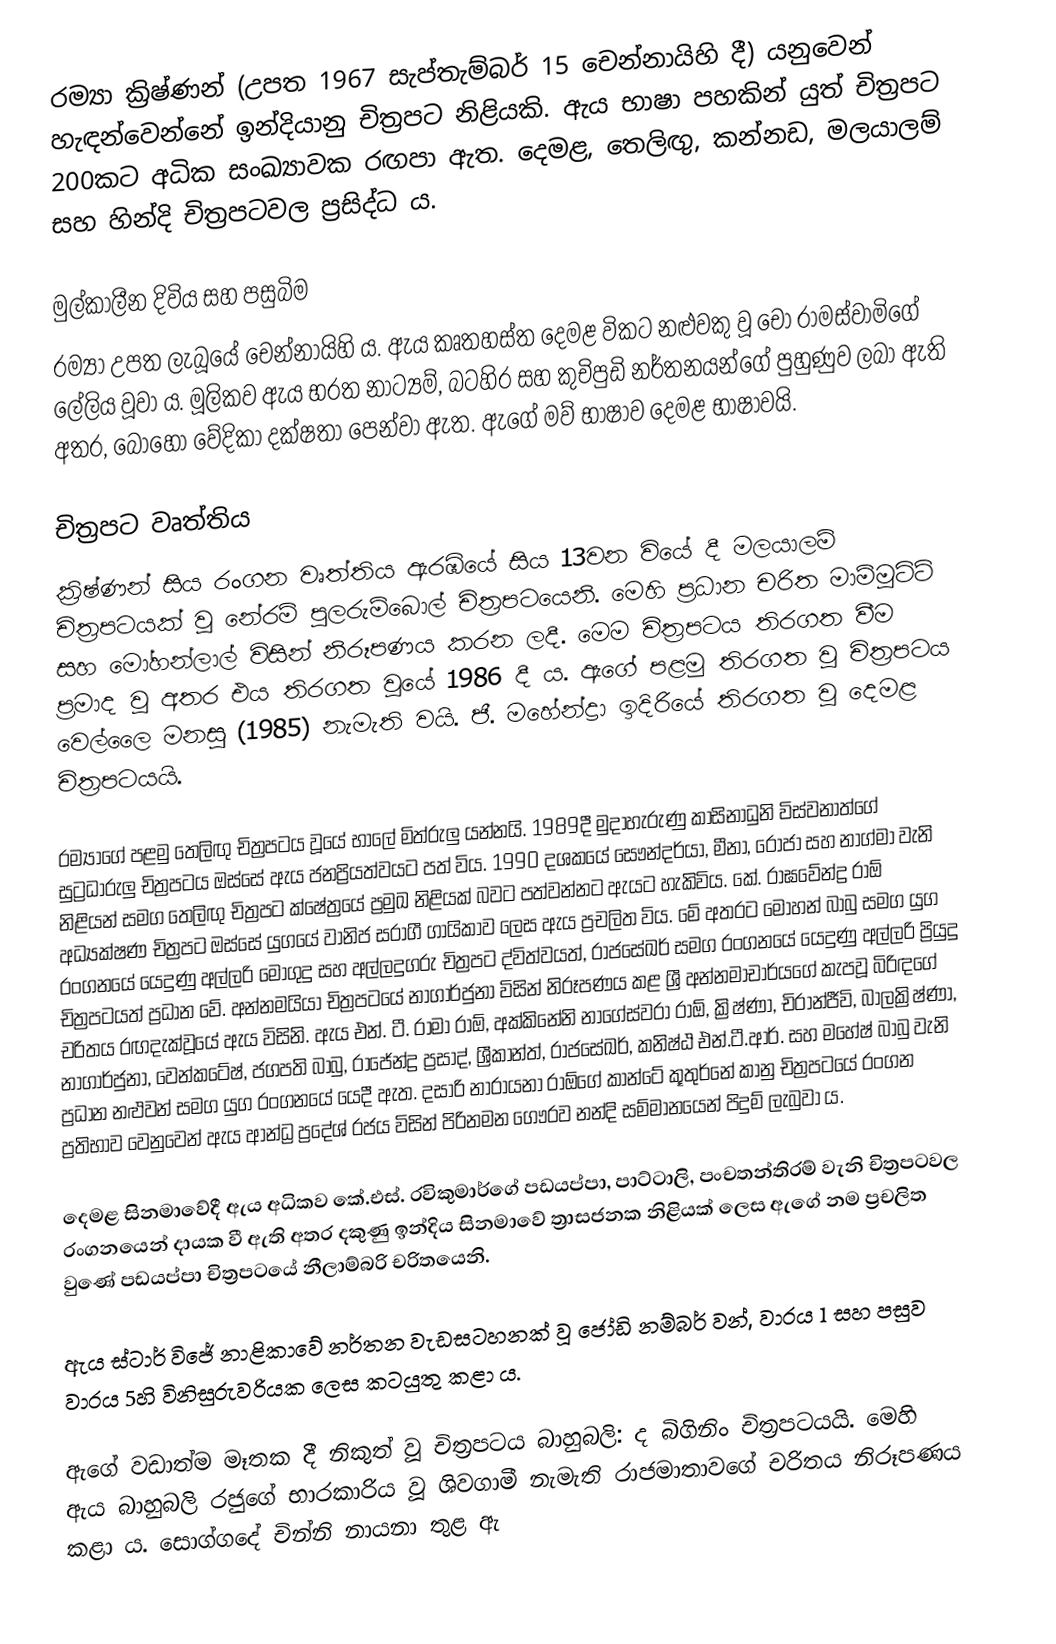
රම්‍යා ක්‍රිෂ්ණන් (උපත 1967 සැප්තැම්බර් 15 චෙන්නායිහි දී) යනුවෙන් හැඳන්වෙන්නේ ඉන්දියානු චිත්‍රපට නිළියකි. ඇය භාෂා පහකින් යුත් චිත්‍රපට 200කට අධික සංඛ්‍යාවක රඟපා ඇත. දෙමළ, තෙලිඟු, කන්නඩ, මලයාලම් සහ හින්දි චිත්‍රපටවල ප්‍රසිද්ධ ය.

මුල්කාලීන දිවිය සහ පසුබිම
රම්‍යා උපත ලැබූයේ චෙන්නායිහි ය. ඇය කෘතහස්ත දෙමළ විකට නළුවකු වූ චෝ ‍රාමස්වාමිගේ ලේලිය වූවා ය. මූලිකව ඇය භරත නාට්‍යම්, බටහිර සහ කුචිපුඩි නර්තනයන්ගේ පුහුණුව ලබා ඇති අතර, බොහෝ වේදිකා දක්ෂතා පෙන්වා ඇත. ඇගේ මව් භාෂාව දෙමළ භාෂාවයි.

චිත්‍රපට වෘත්තිය
ක්‍රිෂ්ණන් සිය රංගන වෘත්තිය ඇරඹියේ සිය 13වන වියේ දී මලයාලම් චිත්‍රපටයක් වූ නේරම් පුලරුම්බොල් චිත්‍රපටයෙනි. මෙහි ප්‍රධාන චරිත මාම්මූට්ටි සහ මෝහන්ලාල් විසින් නිරූපණය කරන ලදී. මෙම චිත්‍රපටය තිරගත වීම ප්‍රමාද වූ අතර එය තිරගත වූයේ 1986 දී ය. ඇගේ පළමු තිරගත වූ චිත්‍රපටය වෙල්ලෛ මනසු (1985) නැමැති වයි. ජී. මහේන්ද්‍රා ඉදිරියේ තිරගත වූ දෙමළ චිත්‍රපටයයි.

රම්‍යාගේ පළමු තෙලිඟු චිත්‍රපටය වූයේ භාලේ මිත්රුලු යන්නයි. 1989දී මුදාහැරුණු කාසිනාධුනි විස්වනාත්ගේ සුට්‍රධාරුලු චිත්‍රපටය ඔස්සේ ඇය ජනප්‍රියත්වයට පත් විය. 1990 දශකයේ සෞන්දර්යා, මීනා, රෝජා සහ නාග්මා වැනි නිළියන් සමග තෙලිඟු චිත්‍රපට ක්ෂේත්‍රයේ ප්‍රමුඛ නිළියක් බවට පත්වන්නට ඇයට හැකිවිය. කේ. රාඝවේන්ද්‍ර රාඕ අධ්‍යක්ෂණ චිත්‍රපට ඔස්සේ යුගයේ වානිජ සරාගී ගායිකාව ලෙස ඇය ප්‍රචලිත විය. මේ අතරට මෝහන් බාබු සමග යුග රංගනයේ යෙදුණු අල්ලරි මොගුදු සහ අල්ලදුගරු චිත්‍රපට ද්විත්වයත්, රාජසේඛර් සමග රංගනයේ යෙදුණු අල්ලරි ප්‍රියුදු චිත්‍රපටයත් ප්‍රධාන වේ. අන්නමයියා චිත්‍රපටයේ නාගාර්ජුනා විසින් නිරූපණය කළ ශ්‍රී අන්නමාචාර්යගේ කැපවූ බිරිඳගේ චරිතය රඟදැක්වූයේ ඇය විසිනි. ඇය එන්. ටී. රාමා රාඕ, අක්කිනේනි නාගේස්වරා රාඕ, ක්‍රිෂ්ණා, චිරාන්ජීවි, බාලක්‍රිෂ්ණා, නාගාර්ජුනා, වෙන්කටේෂ්, ජගපති බාබු, රාජේන්ද්‍ර ප්‍රසාද්, ශ්‍රීකාන්ත්, රාජසේඛර්, කනිෂ්ඨ එන්.ටී.ආර්. සහ මහේෂ් බාබු වැනි ප්‍රධාන නළුවන් සමග යුග රංගනයේ යෙදී ඇත. දසාරි නාරායනා රාඕගේ කාන්ටේ කූතුර්නේ කානු චිත්‍රපටයේ රංගන ප්‍රතිභාව වෙනුවෙන් ඇය ආන්ධ්‍ර ප්‍රදේශ් රජය විසින් පිරිනමන ගෞරව නන්දි සම්මානයෙන් පිදුම් ලැබුවා ය.

දෙමළ සිනමාවේදී ඇය අධිකව කේ.එස්. රවිකුමාර්ගේ පඩයප්පා, පාට්ටාලි, පංචතන්තිරම් වැනි චිත්‍රපටවල රංගනයෙන් දායක වී ඇති අතර දකුණු ඉන්දිය සිනමාවේ ත්‍රාසජනක නිළියක් ලෙස ඇගේ නම ප්‍රචලිත වුණේ පඩයප්පා චිත්‍රපටයේ නීලාම්බරි චරිතයෙනි.

ඇය ස්ටාර් විජේ නාළිකාවේ නර්තන වැඩසටහනක් වූ ජෝඩි නම්බර් වන්, වාරය 1 සහ පසුව වාරය 5හි විනිසුරුවරියක ලෙස කටයුතු කළා ය.

ඇගේ වඩාත්ම මෑතක දී නිකුත් වූ චිත්‍රපටය බාහුබලි: ද බිගිනිං චිත්‍රපටයයි. මෙහි ඇය බාහුබලි රජුගේ භාරකාරිය වූ ශිවගාමී නැමැති රාජමාතාවගේ චරිතය නිරූපණය කළා ය. සොග්ගදේ චින්නි නායනා තුළ ඇ